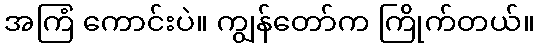
အကြံ ကောင်းပဲ။ ကျွန်တော်က ကြိုက်တယ်။